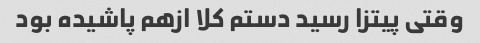
وقتی پیتزا رسید دستم کلا ازهم پاشیده بود